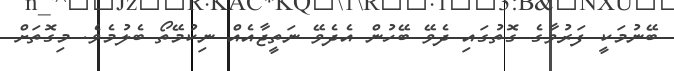
ބޭނުމަކީ ފަރުވާގެ ގޮތުގައި ދެވޭ ބޭހުން އެދެވޭ ނަތީޖާއެއް ނިކުމޭތޯ ބެލުމެވެ. މިގޮތަށް